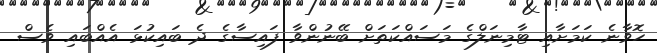
ހޮވާނެ ކަމަށާއި ޓާމިނަލްގެ މަސައްކަތަށް ބޭނުންވާ ފައިސާގެ ދެ ބައިކުޅަ އެއްބައި ވެސް